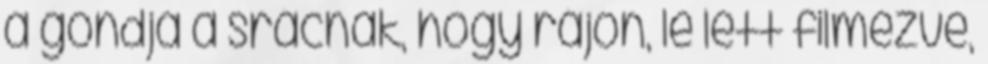
a gondja a srácnak, hogy rájön, le lett filmezve,